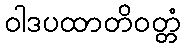
ဝါဒပထာတိဝတ္တံ